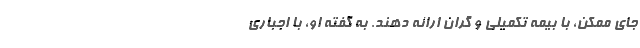
جای ممکن، با بیمه تکمیلی و گران ارائه دهند. به گفته او، با اجباری